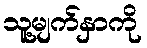
သူ့မျက်နှာကို